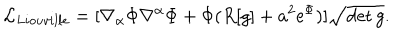
LaTeX: { \cal L } _ { L i o u v i l l e } = [ \nabla _ { \alpha } \Phi \nabla ^ { \alpha } \Phi + \Phi ( R [ g ] + a ^ { 2 } \mathrm { e } ^ { \Phi } ) ] \sqrt { \det g } .